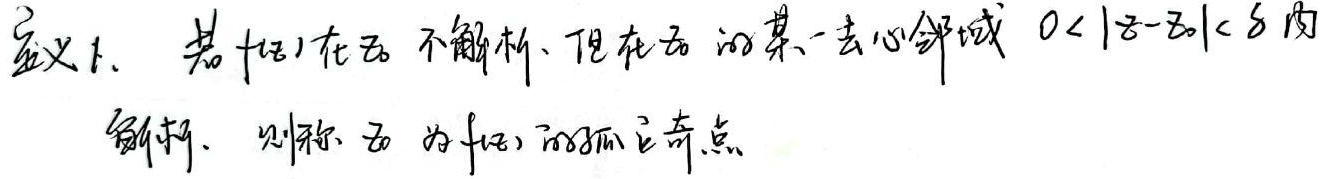
定义：若 \(f(z)\) 在 \(z_{0}\) 不解析，但在 \(z_{0}\) 的某一去心邻域 \(0<|z - z_{0}|<\delta\) 内解析，则称 \(z_{0}\) 为 \(f(z)\) 的孤立奇点。